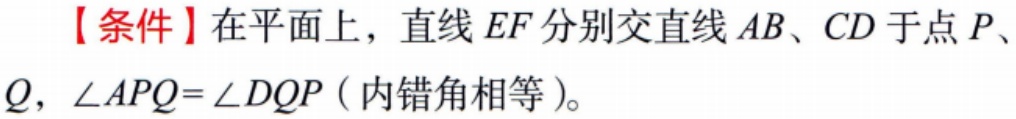
【条件】在平面上，直线 \(EF\) 分别交直线 \(AB\)、\(CD\) 于点 \(P\)、\(Q\)，\(\angle APQ = \angle DQP\)（内错角相等）。